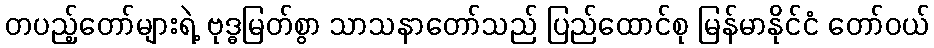
တပည့်တော်များရဲ့ ဗုဒ္ဓမြတ်စွာ သာသနာတော်သည် ပြည်ထောင်စု မြန်မာနိုင်ငံ တော်ဝယ်